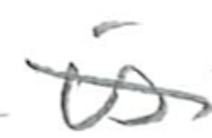
Text: is
Cross-out: diagonal
Writing tool: pencil